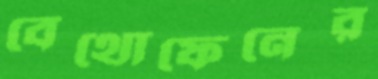
বেথোফেনের